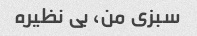
سبزی من، بی نظیره